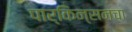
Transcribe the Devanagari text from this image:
पार्किन्सनचा